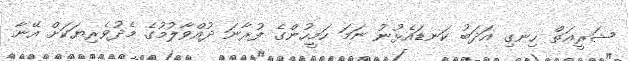
ޝަރީޢަތް ހިނގި އަދަބު ކަނޑައެޅުނު ނަމަ ހަމީހުންގެ ފުރާނަ ދުއްވާލުމުގެ މެދުވެރިޔަކަށް އޭނާ